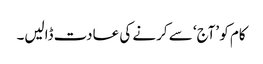
کام کو ’آج‘ سے کرنے کی عادت ڈالیں۔